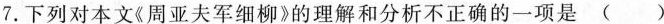
7.下列对本文《周亚夫军细柳》的理解和分析不正确的一项是（）